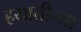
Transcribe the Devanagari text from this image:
हयातीच्या